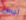
ليس